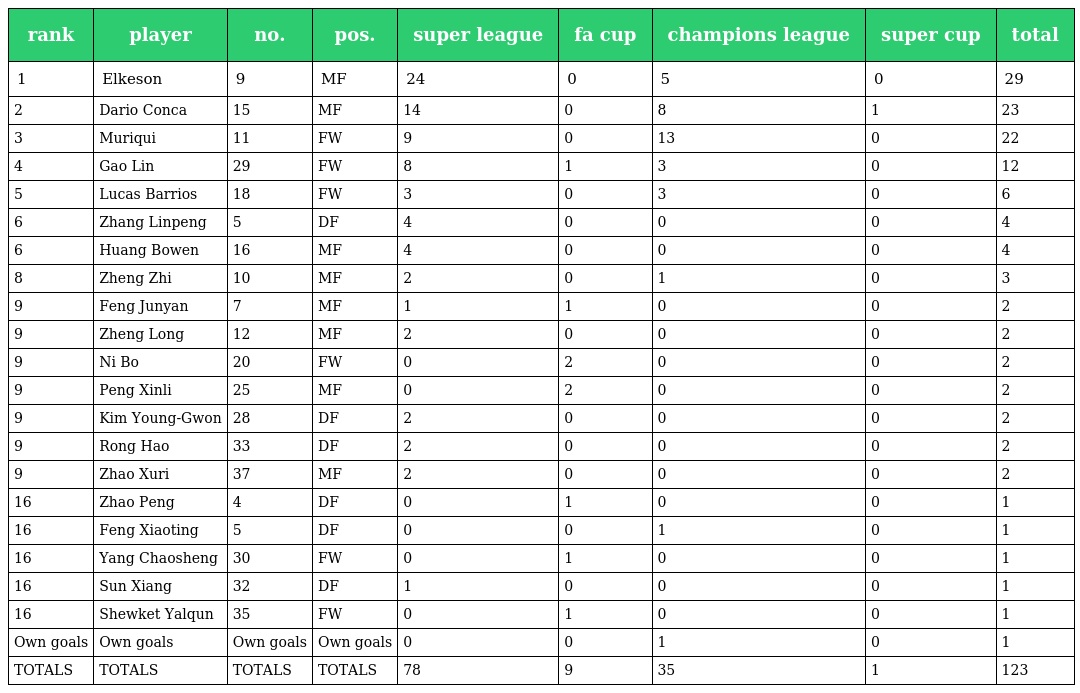
| rank | player | no. | pos. | super league | fa cup | champions league | super cup | total |
 | --- | --- | --- | --- | --- | --- | --- | --- | --- |
 | 1 | Elkeson | 9 | MF | 24 | 0 | 5 | 0 | 29 |
 | 2 | Dario Conca | 15 | MF | 14 | 0 | 8 | 1 | 23 |
 | 3 | Muriqui | 11 | FW | 9 | 0 | 13 | 0 | 22 |
 | 4 | Gao Lin | 29 | FW | 8 | 1 | 3 | 0 | 12 |
 | 5 | Lucas Barrios | 18 | FW | 3 | 0 | 3 | 0 | 6 |
 | 6 | Zhang Linpeng | 5 | DF | 4 | 0 | 0 | 0 | 4 |
 | 6 | Huang Bowen | 16 | MF | 4 | 0 | 0 | 0 | 4 |
 | 8 | Zheng Zhi | 10 | MF | 2 | 0 | 1 | 0 | 3 |
 | 9 | Feng Junyan | 7 | MF | 1 | 1 | 0 | 0 | 2 |
 | 9 | Zheng Long | 12 | MF | 2 | 0 | 0 | 0 | 2 |
 | 9 | Ni Bo | 20 | FW | 0 | 2 | 0 | 0 | 2 |
 | 9 | Peng Xinli | 25 | MF | 0 | 2 | 0 | 0 | 2 |
 | 9 | Kim Young-Gwon | 28 | DF | 2 | 0 | 0 | 0 | 2 |
 | 9 | Rong Hao | 33 | DF | 2 | 0 | 0 | 0 | 2 |
 | 9 | Zhao Xuri | 37 | MF | 2 | 0 | 0 | 0 | 2 |
 | 16 | Zhao Peng | 4 | DF | 0 | 1 | 0 | 0 | 1 |
 | 16 | Feng Xiaoting | 5 | DF | 0 | 0 | 1 | 0 | 1 |
 | 16 | Yang Chaosheng | 30 | FW | 0 | 1 | 0 | 0 | 1 |
 | 16 | Sun Xiang | 32 | DF | 1 | 0 | 0 | 0 | 1 |
 | 16 | Shewket Yalqun | 35 | FW | 0 | 1 | 0 | 0 | 1 |
 | Own goals | Own goals | Own goals | Own goals | 0 | 0 | 1 | 0 | 1 |
 | TOTALS | TOTALS | TOTALS | TOTALS | 78 | 9 | 35 | 1 | 123 |